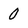
Character: 0